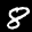
Label: 8